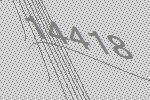
14418